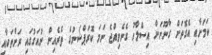
ކަމަށާއި އެގޮތަށް ގާނޫނަށް އިސްލާހު ގެނެވިއްޖެ ނަމަ ކޮރަޕްޝަނުގެ ތެރެއިން ނުއަގުގައި ރަށްތަކާއި